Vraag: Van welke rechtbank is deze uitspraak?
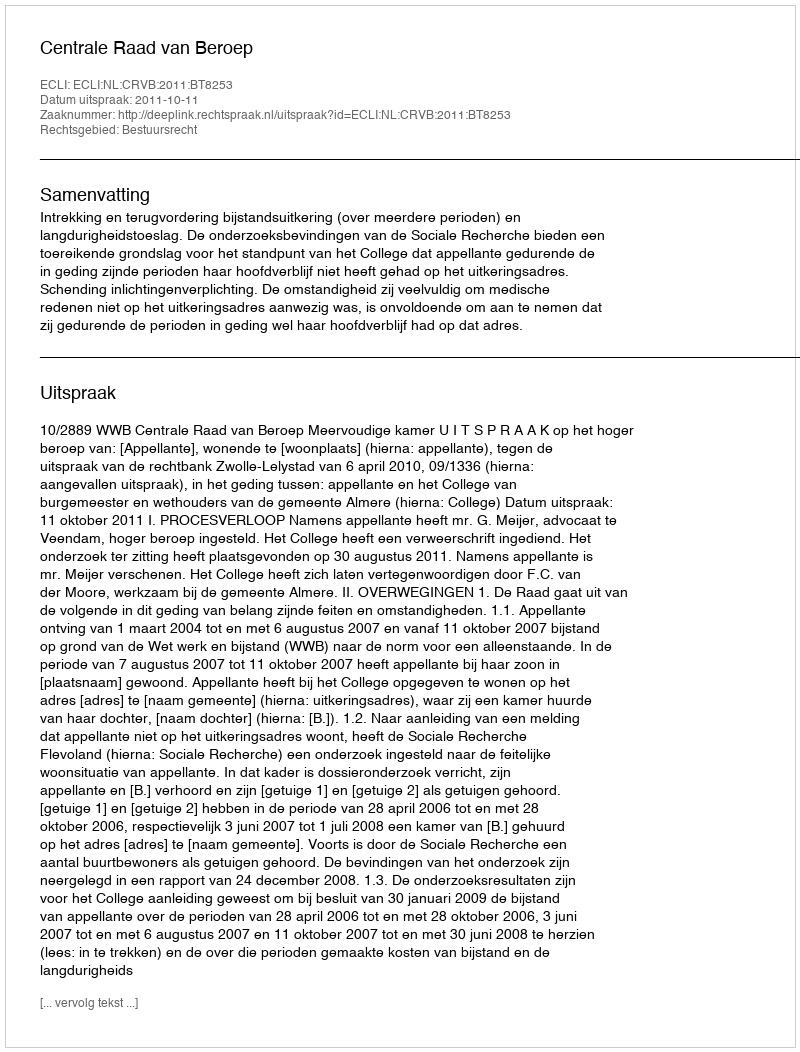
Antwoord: Centrale Raad van Beroep